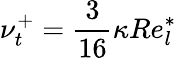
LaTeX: \nu_{t}^{+}=\frac{3}{16}\kappa Re_{l}^{*}